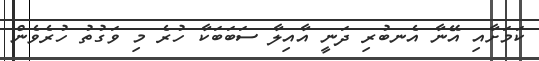
ކަމަށާއި އޭނާ އެނބުރި ދަނީ އާއިލާ ސަބަބަކާ ހުރެ މި ވަގުތު ހުރެވެން